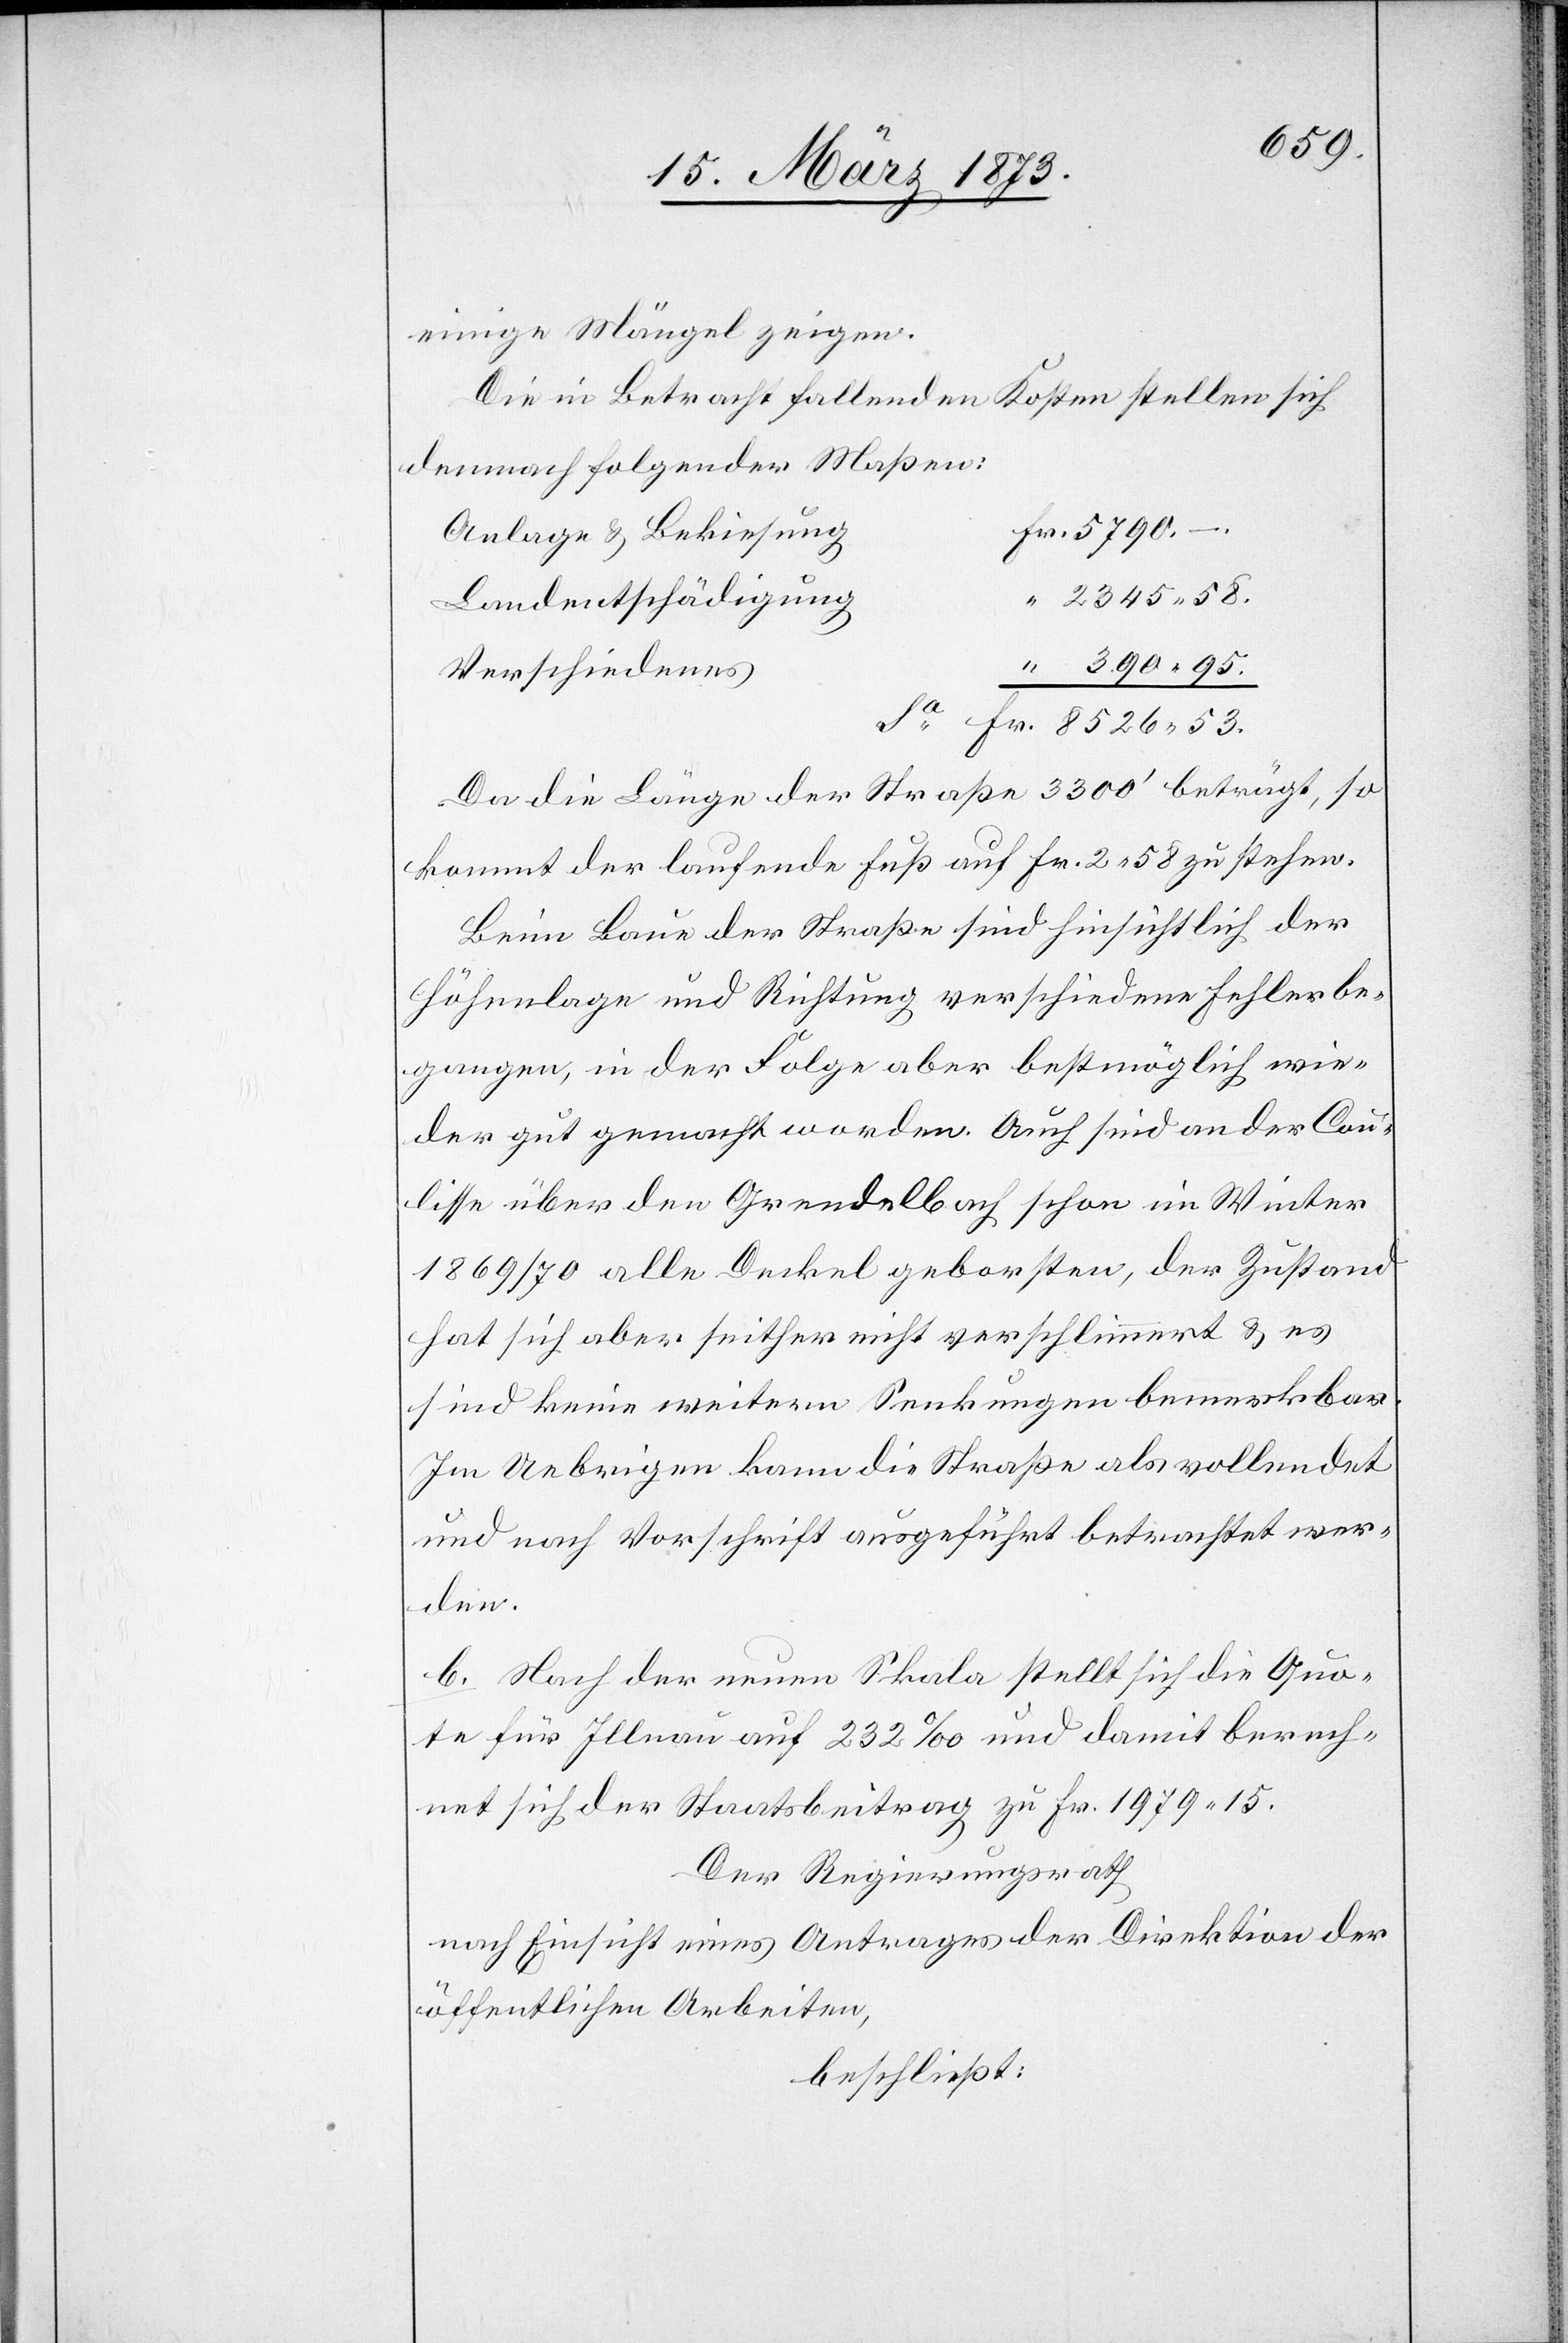
einige Mängel zeigen.
Die in Betracht fallenden Kosten stellen sich
demnach folgender Maßen:
g	Fr. 5790. –.
Anlage u. Bekiesun¬
“ 2345. 58.
Landentschädigung
“ 390. 95.
Verschiedenes
Sa Fr. 8526. 53.
Da die Länge der Straße 3300’ beträgt, so
kommt der laufende Fuß auf Fr. 2. 58 zu stehen.
Beim Baue der Straße sind hinsichtlich der
Höhenlage und Richtung verschiedene Fehler be¬
gangen, in der Folge aber bestmöglich wie¬
der gut gemacht worden. Auch sind an der Cou¬
lisse über den Grendelbach schon im Winter
1869/70 alle Deckel geborsten, der Zustand
hat sich aber seither nicht verschlimmert u. es
sind keine weitern Senkungen bemerkbar.
Im Uebrigen kann die Straße als vollendet
und nach Vorschrift ausgeführt betrachtet wer¬
den.
b. Nach der neuen Skala stellt sich die Quo¬
te für Illnau auf 232‰ und damit berech¬
net sich der Staatsbeitrag zu Fr. 1979. 15.
Der Regierungsrath
nach Einsicht eines Antrages der Direktion der
öffentlichen Arbeiten,
beschließt: